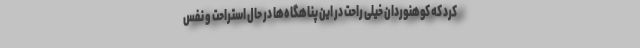
کرد که کوهنوردان خیلی راحت در این پناهگاه‌ها در حال استراحت و نفس